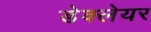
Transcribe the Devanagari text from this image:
डेक्लेयर